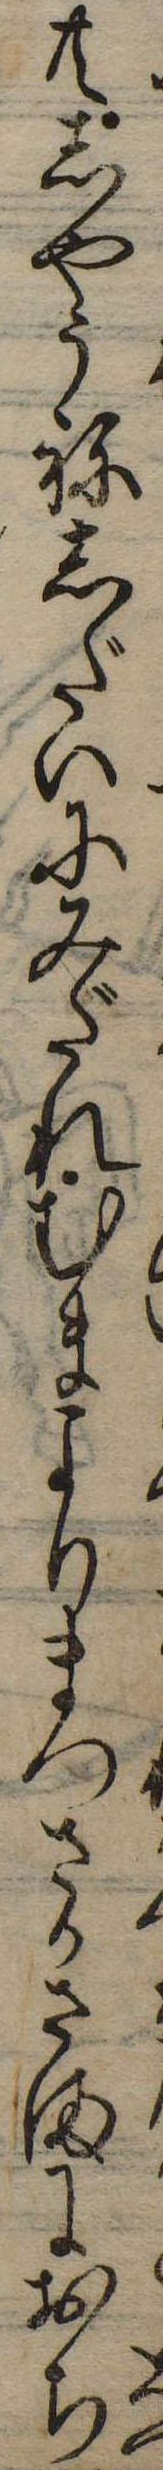
共しやうねしだいにみだれむまよりまつさかさまにおち